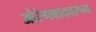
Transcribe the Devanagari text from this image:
औरंगबादवरून